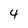
Character: 4